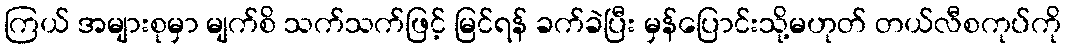
ကြယ် အများစုမှာ မျက်စိ သက်သက်ဖြင့် မြင်ရန် ခက်ခဲပြီး မှန်ပြောင်းသို့မဟုတ် တယ်လီစကုပ်ကို